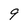
Character: 9